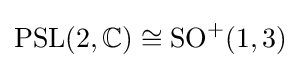
\operatorname {PSL} (2,\mathbb {C} )\cong \operatorname {SO} ^{+}(1,3)